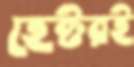
হেক্টরই